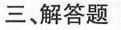
三、解答题